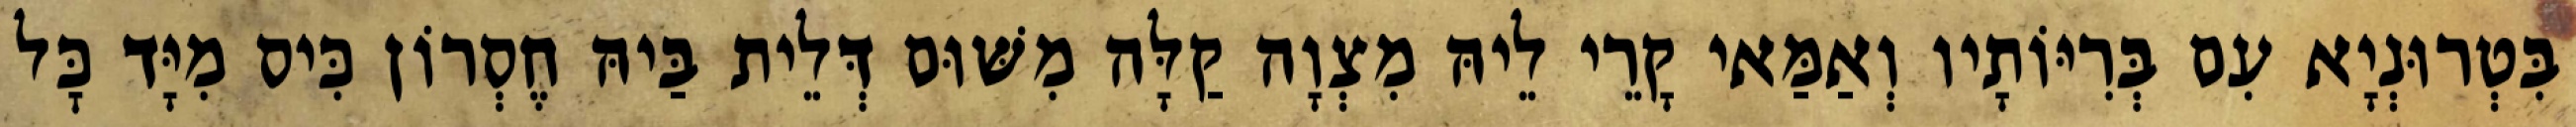
בִּטְרוּנְיָא עִם בְּרִיּוֹתָיו וְאַמַּאי קָרֵי לֵיהּ מִצְוָה קַלָּה מִשּׁוּם דְּלֵית בַּיהּ חֶסְרוֹן כִּיס מִיָּד כׇּל